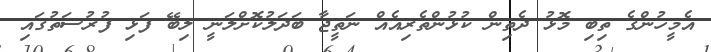
އެމީހުންގެ ތިބި މޮޅު ދެތިން ކުޅުންތެރިއެއް ނަތީޖާ ބަދަލުކޮށްލަނީ ލިބޭ ފަޅި ފުރުސަތުގައި